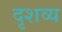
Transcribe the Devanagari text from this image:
दृशव्य